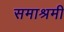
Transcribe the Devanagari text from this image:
समाश्रमी